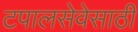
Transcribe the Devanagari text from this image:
टपालसेवेसाठी